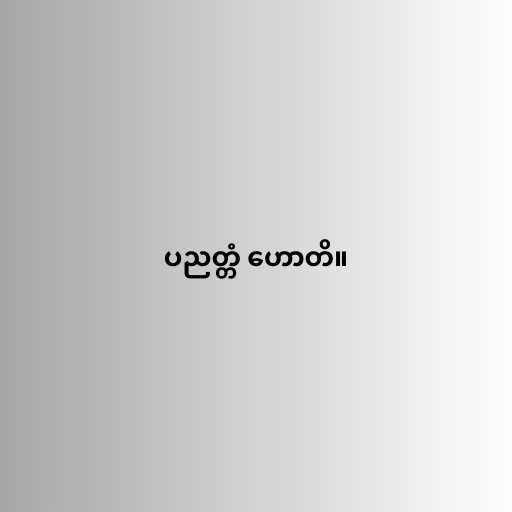
ပညတ္တံ ဟောတိ။